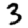
Digit: 3